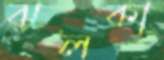
ঝলকা